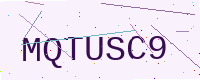
Text: MQTUSC9